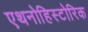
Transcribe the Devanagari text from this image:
एथनोहिस्टोरिक